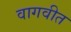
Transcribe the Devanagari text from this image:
वागवीत